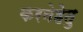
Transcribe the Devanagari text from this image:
करनेहेतु